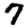
Digit: 7